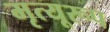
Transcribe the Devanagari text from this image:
मृत्यूरूप